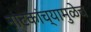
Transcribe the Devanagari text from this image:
नाटकांच्यामुळेच